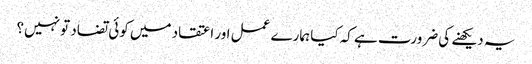
یہ دیکھنے کی ضرورت ہے کہ کیا ہمارے عمل اور اعتقاد میں کوئی تضاد تو نہیں؟